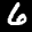
Label: 6